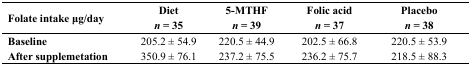
<table><thead><tr><td><b>Folate intake μg/day</b></td><td><b>Diet <i>n</i> = 35 </b></td><td><b>5-MTHF <i>n</i> = 39 </b></td><td><b>Folic acid <i>n</i> = 37 </b></td><td><b>Placebo <i>n</i> = 38 </b></td></tr></thead><tbody><tr><td><b>Baseline</b></td><td>205.2 ± 54.9</td><td>220.5 ± 44.9</td><td>202.5 ± 66.8</td><td>220.5 ± 53.9 </td></tr><tr><td><b>After supplemetation</b></td><td>350.9 ± 76.1</td><td>237.2 ± 75.5</td><td>236.2 ± 75.7</td><td>218.5 ± 88.3 </td></tr></tbody></table>